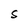
Character: S